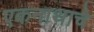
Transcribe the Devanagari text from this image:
एकनाथाचे